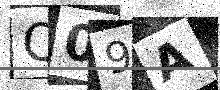
Text: Q09A